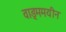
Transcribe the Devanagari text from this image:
वाङ्ममयीन